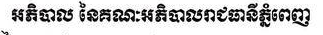
អភិបាល នៃគណៈអភិបាលរាជធានីភ្នំពេញ